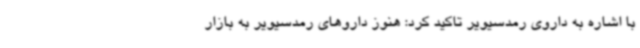
با اشاره به داروی رمدسیویر تاکید کرد: هنوز داروهای رمدسیویر به بازار